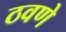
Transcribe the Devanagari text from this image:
ठवणे